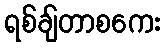
ရစ်ချ်တာစကေး